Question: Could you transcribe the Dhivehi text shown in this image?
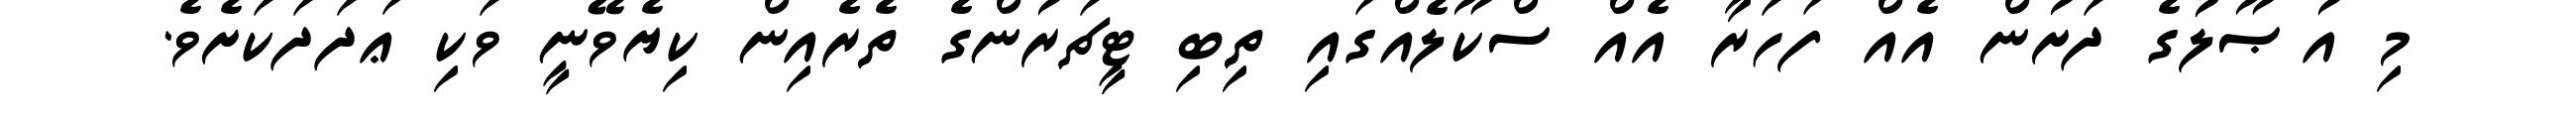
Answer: މި އުޞޫލުގެ ދަށުން އެއް ފަހަރާ އެއް ސްކޫލެއްގައި ތިބި ޓީޗަރުންގެ ތެރެއިން ކިޔެވޭނީ ވަކި ޢަދަދަކަށެވެ.